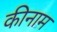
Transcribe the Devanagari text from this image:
कीनाम